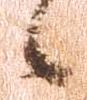
候